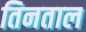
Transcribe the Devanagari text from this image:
तिनताल